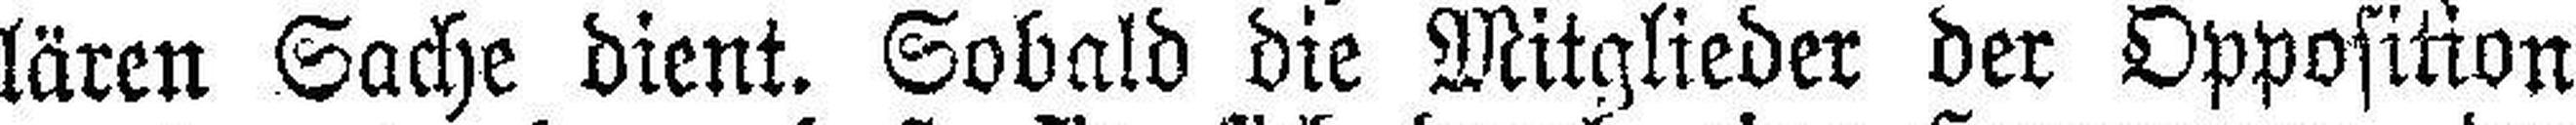
lären Sache dient. Sobald die Mitglieder der Opposition